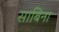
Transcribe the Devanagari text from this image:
साबिना